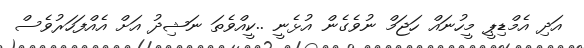
އަދި އެމްޑިޕީ މީހުނައް ހަޖަމް ނުވެގެން އުޅެނީ ..ކީއްވެތަ ނަޝިދު އަށް އެއްފަހަރުވެސް